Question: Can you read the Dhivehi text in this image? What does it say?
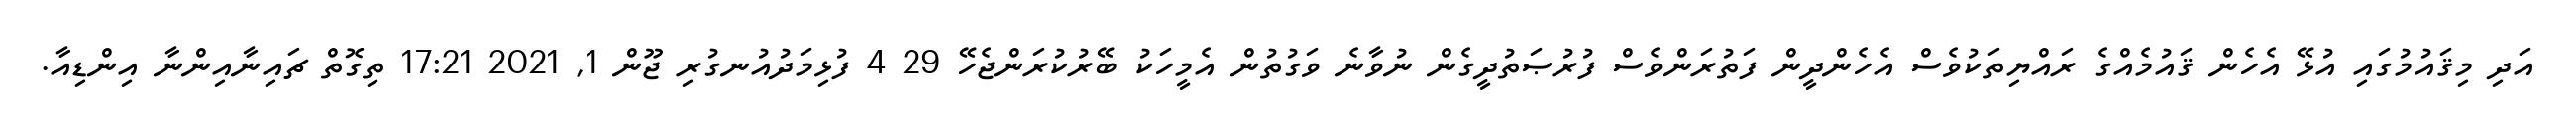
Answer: އަދި މިޤައުމުގައި އުޅޭ އެހެން ޤައުމެއްގެ ރައްޔިތަކުވެސް އެހެންދީން ފަތުރަންވެސް ފުރުޞަތުދީގެން ނުވާނެ ވަގުތުން އެމީހަކު ބޭރުކުރަންޖެހޭ 29 4 ފުޅިމަދުއުނގުރި ޖޫން 1, 2021 17:21 ތިގޮތް ޗައިނާއިންނާ އިންޑިއާ.